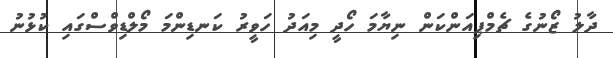
ދާލު ޒޯނުގެ ޗެމްޕިއަންކަން ނިޔާމަ ހޯދީ މިއަދު ހަވީރު ކަނޑިންމަ މޯލްޑިވްސްގައި ކުޅުނު